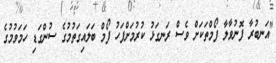
"އަނބުރާ ފޮނުވާލާ ފޯމްތަކަށް ވެސް ރަނގަޅު ކުރުމަށްފަހު ފޯމް ބަލައިގަތުމުގެ ސުންގަޑި ހަމަވުމުގެ